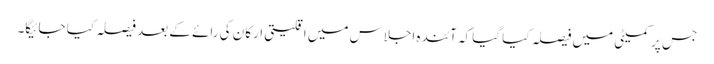
جس پر کمیٹی میں فیصلہ کیا گیا کہ آئندہ اجلاس میں اقلیتی ارکان کی رائے کے بعد فیصلہ کیا جائیگا۔